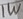
Text: 1W